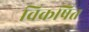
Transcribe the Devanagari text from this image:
विकषित